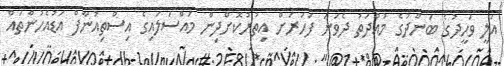
އަލީ ވަހީދުގެ ބަންދުގެ މުއްދަތު ދެވަނަ ފަހަރަށް އިތުރުކޮށްދިން މައްސަލައިގެ އިސްތިއުނާފް އަޑުއެހުންތައް